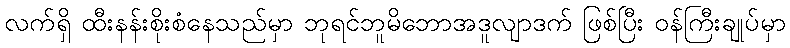
လက်ရှိ ထီးနန်းစိုးစံနေသည်မှာ ဘုရင်ဘူမိဘောအဒူလျာဒက် ဖြစ်ပြီး ဝန်ကြီးချုပ်မှာ